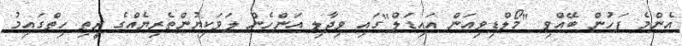
އެންމެ ފަހުން ބޭއްވި "މޯލްޑިވިއަން އައިޑަލް"ގައި ވިދާލި އަންހެން ލަވަކިޔުންތެރިޔެއްގެ ރީތި ހިތްގައިމު